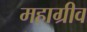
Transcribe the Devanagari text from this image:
महाग्रीव